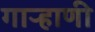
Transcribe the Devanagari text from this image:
गाऱ्हाणी